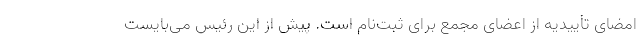
امضای تأییدیه از اعضای مجمع برای ثبت‌نام است. پیش از این رئیس می‌بایست